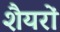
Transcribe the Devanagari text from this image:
शैयरों